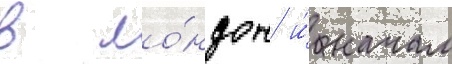
в ло́ндон и́ начал